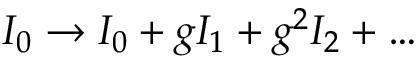
I _ { 0 } \rightarrow I _ { 0 } + g I _ { 1 } + g ^ { 2 } I _ { 2 } + \dots